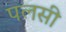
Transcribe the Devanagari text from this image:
पलसी